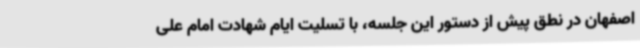
اصفهان در نطق پیش از دستور این جلسه، با تسلیت ایام شهادت امام علی